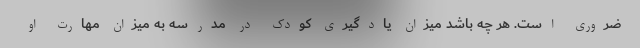
ضروری است. هر چه باشد میزان یادگیری کودک در مدرسه به میزان مهارت او